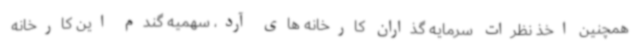
همچنین اخذ نظرات سرمایه گذاران کارخانه های آرد، سهمیه گندم این کارخانه